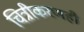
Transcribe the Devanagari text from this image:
चित्रीकरणही